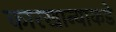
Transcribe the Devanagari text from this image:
कारखान्याकडे